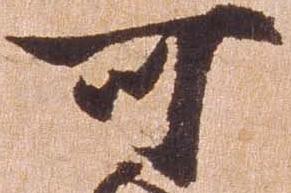
可